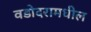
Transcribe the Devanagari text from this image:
वडोदरामधील